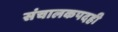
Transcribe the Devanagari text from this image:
संचालकपदही